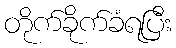
တိုက်ခိုက်ခံရပြီး